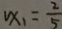
v x _ { 1 } = \frac { 2 } { 5 }